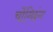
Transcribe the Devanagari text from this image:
चोंग्छिंग